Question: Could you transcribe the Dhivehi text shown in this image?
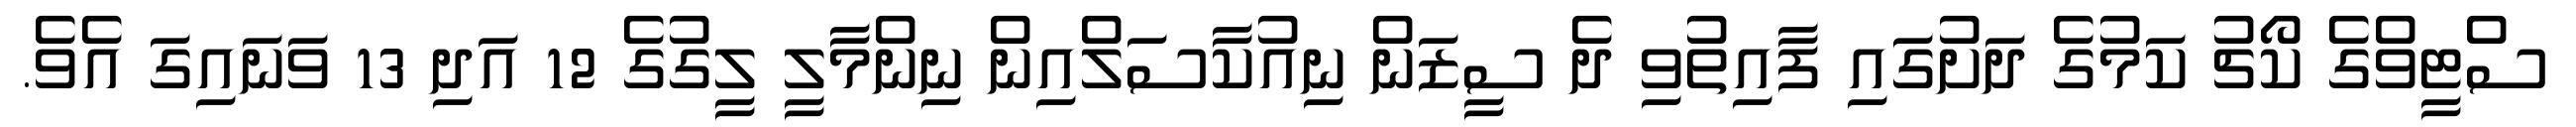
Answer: ސްޓީވްގެ ކޯޗު ކަމުގެ ދަށުގައި ފާއިތުވި ދެ ސީޒަން ނިއުކާސަލްއިން ނިންމާލީ ލީގުގެ 12 އަދި 13 ވަނައިގަ އެވެ.